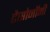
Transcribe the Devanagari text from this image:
टैसोनॉमी